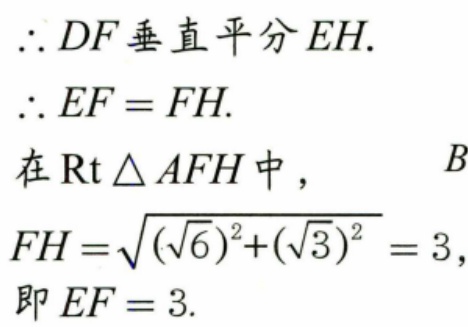
\(\therefore DF垂直平分EH.\)
\(\therefore EF = FH.\)
在\(\text{Rt} \triangle AFH\)中，
\(FH=\sqrt{(\sqrt{6})^{2}+(\sqrt{3})^{2}} = 3,\)
即\(EF = 3.\)